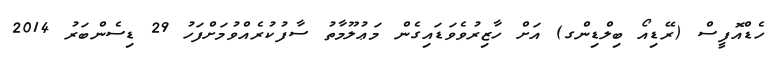
ހެޑްއޮފީސް (ރޭޑިއޯ ބިލްޑިންގ) އަށް ހާޒިރުވެވަޑައިގެން މަޢުލޫމާތު ސާފުކުރެއްވުމަށްފަހު 29 ޑިސެންބަރު 2014